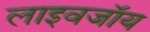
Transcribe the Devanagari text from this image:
लाइवजॉय